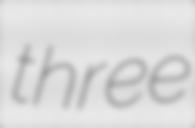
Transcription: three